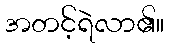
အတင့်ရဲလာ၏။